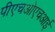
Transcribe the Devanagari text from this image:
पीएचओएचआई